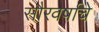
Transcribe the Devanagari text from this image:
सौरवर्षाचे